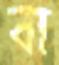
বা